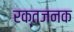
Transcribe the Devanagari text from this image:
रक्तजनक